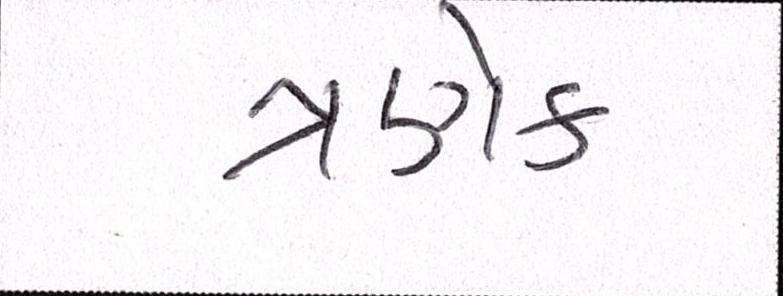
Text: ત્રણેક